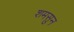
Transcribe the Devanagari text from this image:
शमसुन